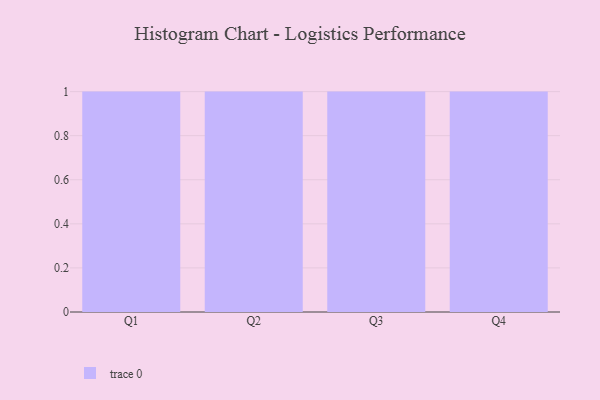
{"axis": {"x": "Quarter", "y": "Production Output"}, "legend": [""], "data": [{"x": "Q1", "y": 45, "type": ""}, {"x": "Q2", "y": 29, "type": ""}, {"x": "Q3", "y": 70, "type": ""}, {"x": "Q4", "y": 24, "type": ""}]}